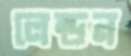
লেন্ডন